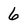
Character: 6